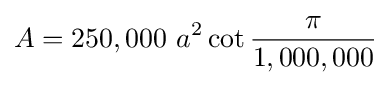
A=250,000\ a^{2}\cot {\frac {\pi }{1,000,000}}